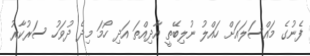
ފެނުގެ މައްސަލައަށް ހައްލު ނުލިބޭތީ އާދިއްތަ އަދި ހޯމަ މިދެ ދުވަހު ސަރުކާރު